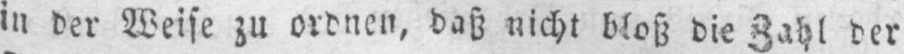
in der Weise zu ordnen, daß nicht bloß die Zahl der